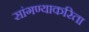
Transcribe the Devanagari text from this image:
सांगण्याकरिता